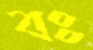
বঃ